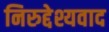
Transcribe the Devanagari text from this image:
निरुद्देश्यवाद